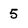
Character: 5